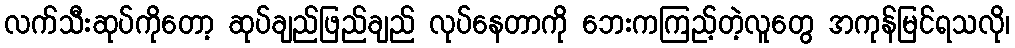
လက်သီးဆုပ်ကိုတော့ ဆုပ်ချည်ဖြည်ချည် လုပ်နေတာကို ဘေးကကြည့်တဲ့လူတွေ အကုန်မြင်ရသလို၊